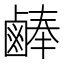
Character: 𪉪